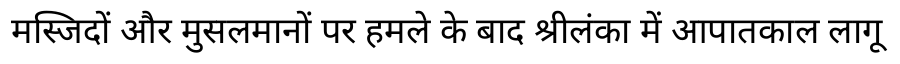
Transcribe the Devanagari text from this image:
मस्जिदों और मुसलमानों पर हमले के बाद श्रीलंका में आपातकाल लागू